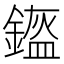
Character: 𨫿